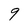
Character: 9